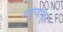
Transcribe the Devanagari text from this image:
अहुप्यातून